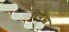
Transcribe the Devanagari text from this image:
रिपेंस